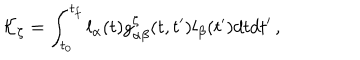
{ \cal K } _ { \zeta } = \int _ { t _ { 0 } } ^ { t _ { f } } l _ { \alpha } ( t ) g _ { \alpha \beta } ^ { \zeta } ( t , t ^ { \prime } ) l _ { \beta } ( t ^ { \prime } ) d t d t ^ { \prime } \, ,